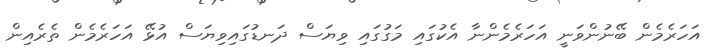
އަހަރެމެން ބޭނުންވަނީ އަހަރެމެންނާ އެކުގައި މަގުގައި ވިޔަސް ދަނޑުގައިވިޔަސް އުޅޭ އަހަރެމެން ތެރެއިން